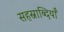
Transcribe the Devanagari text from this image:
सहस्राब्दियाँ